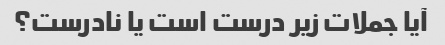
آیا جملات زیر درست است یا نادرست؟